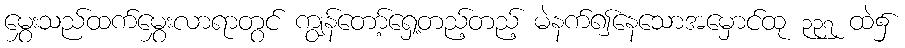
မွှေးသည်ထက်မွှေးလာရာတွင် ကျွန်တော့်ရှေ့တည့်တည့် မဲနက်၍နေသောအမှောင်ထု ၃၃၇ ထဲ၌